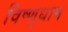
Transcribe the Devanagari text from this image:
विष्णुधाम